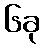
၆ခု